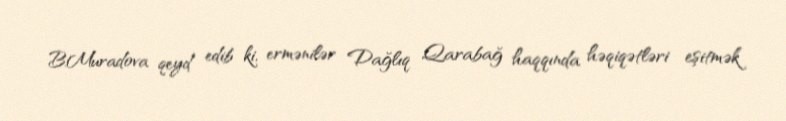
B.Muradova qeyd edib ki, ermənilər Dağlıq Qarabağ haqqında həqiqətləri eşitmək